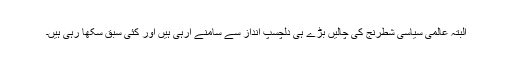
البتہ عالمی سیاسی شطرنج کی چالیں بڑے ہی دلچسپ انداز سے سامنے آرہی ہیں اور کئی سبق سکھا رہی ہیں۔